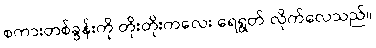
စကားတစ်ခွန်းကို တိုးတိုးကလေး ရေရွတ် လိုက်လေသည်။